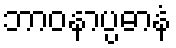
ဘာဝနာပ္ပဓာနံ